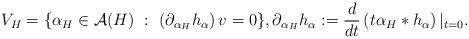
LaTeX: \begin{align*}V_H = \{\alpha_{H}\in\mathcal{A}(H)\ :\ \left(\partial_{\alpha_{H}}h_{\alpha}\right)v=0 \},\partial_{\alpha_{H}}h_{\alpha}:=\frac{d}{dt}\left(t\alpha_{H}*h_{\alpha}\right)|_{t=0}.\end{align*}